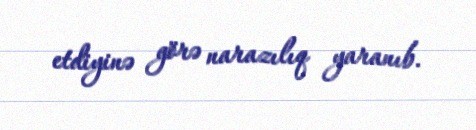
etdiyinə görə narazılıq yaranıb.